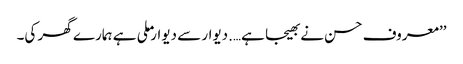
’’معروف حسن نے بھیجا ہے….دیوار سے دیوار ملی ہے ہمارے گھر کی۔